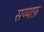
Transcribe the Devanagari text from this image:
सय्याफ़